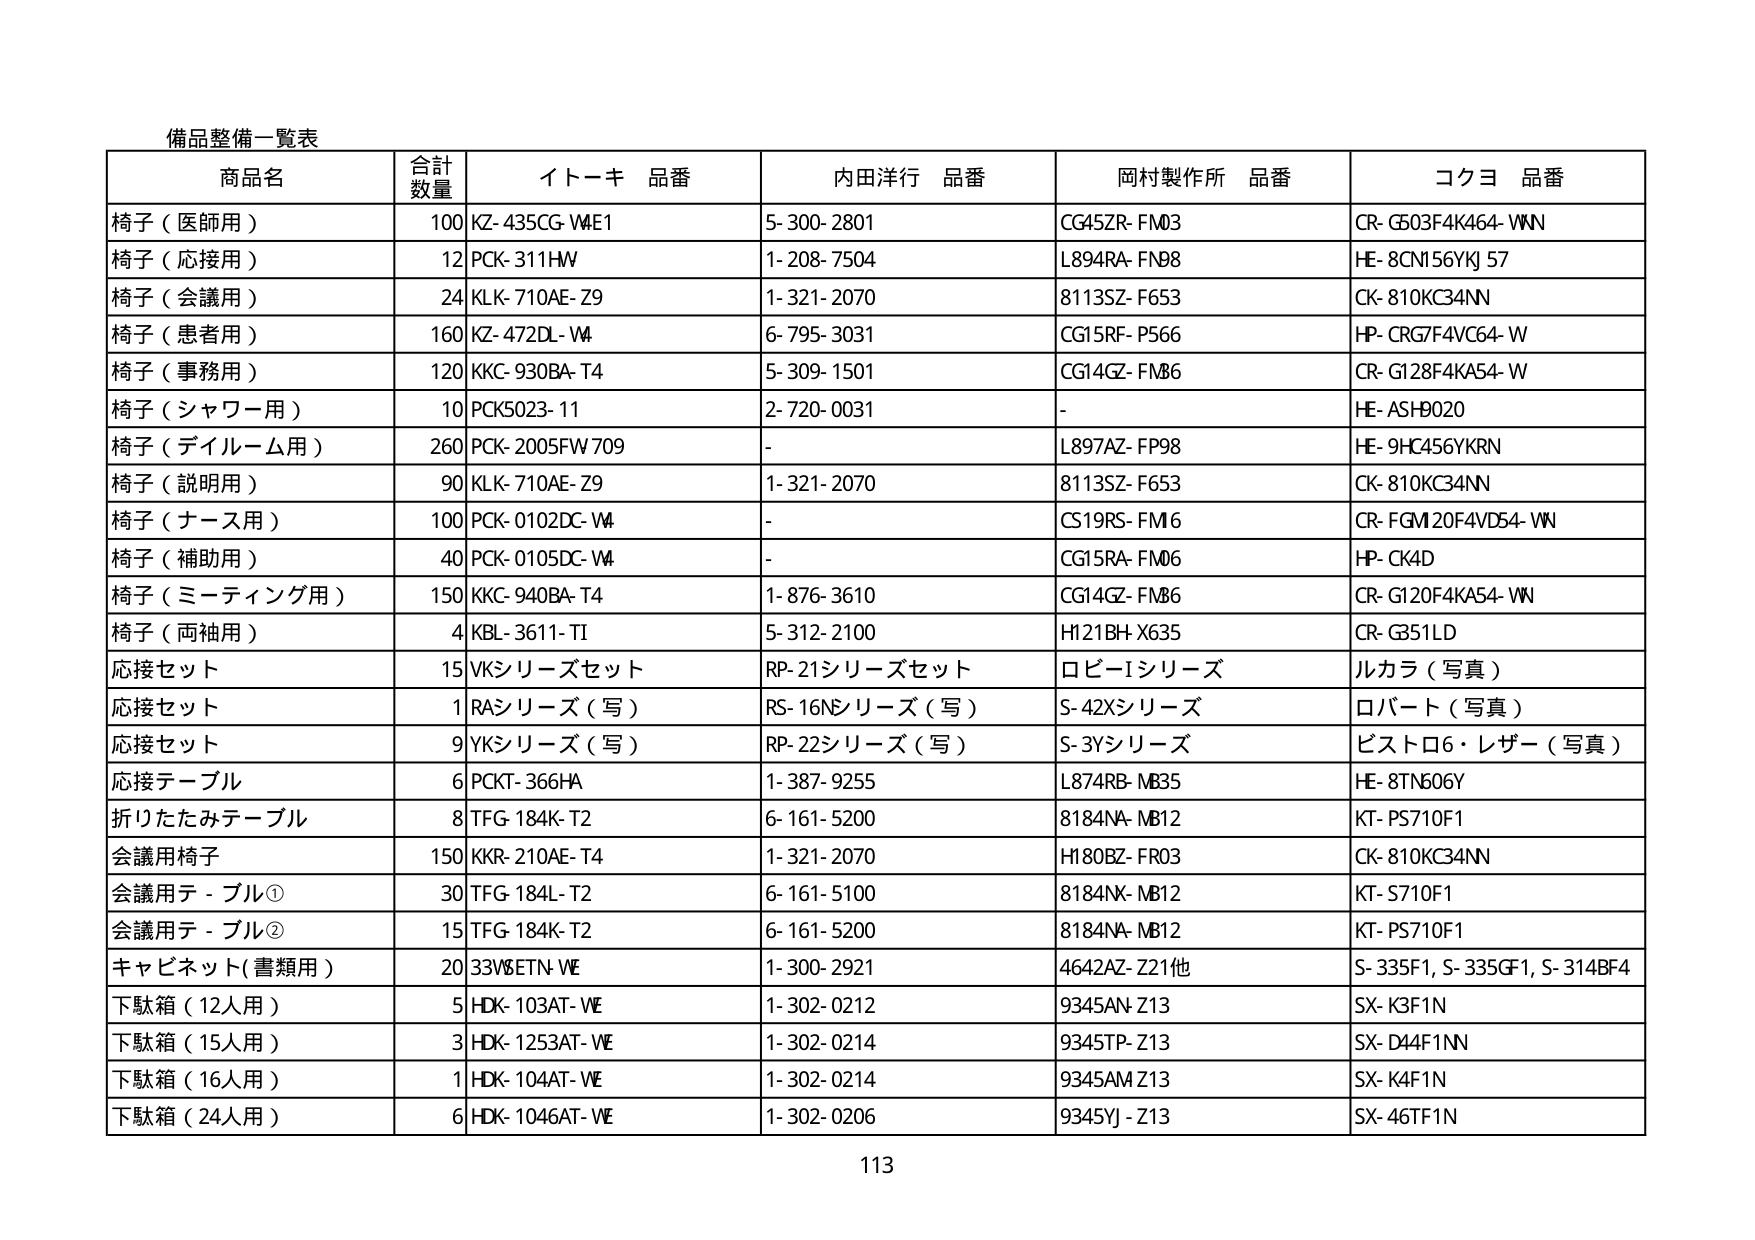
備品整備一覧表

商品名 合計数量 イトーキ 品番 内田洋行 品番 岡村製作所 品番 コクヨ 品番
椅子（医師用） 100 KZ-435CG-W4E1 5-300-2801 CG45ZR-FM03 CR-G503F4K464-WNN
椅子（応接用） 12 PCK-311HW 1-208-7504 L894RA-FN98 HE-8CN156YKJ 57
椅子（会議用） 24 KLK-710AE-Z9 1-321-2070 8113SZ-F653 CK-810KC34NN
椅子（患者用） 160 KZ-472DL-W4 6-795-3031 CG15RF-P566 HP-CRG7F4VC64-W
椅子（事務用） 120 KKC-930BA-T4 5-309-1501 CG14GZ-FM86 CR-G128F4KA54-W
椅子（シャワー用） 10 PCK5023-11 2-720-0031 - HE-ASH9020
椅子（デイルーム用） 260 PCK-2005FW709 - L897AZ-FP98 HE-9HC456YKRN
椅子（説明用） 90 KLK-710AE-Z9 1-321-2070 8113SZ-F653 CK-810KC34NN
椅子（ナース用） 100 PCK-0102DC-W4 - CS19RS-FM6 CR-FGM120F4VD54-WN
椅子（補助用） 40 PCK-0105DC-W4 - CG15RA-FM06 HP-CK4D
椅子（ミーティング用） 150 KKC-940BA-T4 1-876-3610 CG14GZ-FM86 CR-G120F4KA54-WN
椅子（両袖用） 4 KBL-3611-TI 5-312-2100 H121BH-X635 CR-G351LD
応接セット 15 VKシリーズセット RP-21シリーズセット ロビーIシリーズ ルカラ（写真）
応接セット 1 RAシリーズ（写） RS-16Nシリーズ（写） S-42Xシリーズ ロバート（写真）
応接セット 9 YKシリーズ（写） RP-22シリーズ（写） S-3Yシリーズ ビストロ6・レザー（写真）
応接テーブル 6 PCKT-366HA 1-387-9255 L874RB-MB35 HE-8TN606Y
折りたたみテーブル 8 TFG 184K-T2 6-161-5200 8184NA-MB12 KT-PS710F1
会議用椅子 150 KKR-210AE-T4 1-321-2070 H180BZ-FR03 CK-810KC34NN
会議用テ-ブル① 30 TFG 184L-T2 6-161-5100 8184NX-MB12 KT-S710F1
会議用テ-ブル② 15 TFG 184K-T2 6-161-5200 8184NA-MB12 KT-PS710F1
キャビネット（書類用） 20 33V8ETN-WE 1-300-2921 4642AZ-Z21他 S-335F1, S-335GF1, S-314BF4
下駄箱（12人用） 5 HDK-103AT-WE 1-302-0212 9345AN-Z13 SX-K3F1N
下駄箱（15人用） 3 HDK-1253AT-WE 1-302-0214 9345TP-Z13 SX-D44F1NN
下駄箱（16人用） 1 HDK-104AT-WE 1-302-0214 9345AM Z13 SX-K4F1N
下駄箱（24人用） 6 HDK-1046AT-WE 1-302-0206 9345YJ-Z13 SX-46TF1N

113